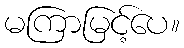
မကြာမြင့်ပေ။